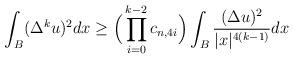
LaTeX: \begin{align*}\int_B (\Delta^k u)^2 dx \geq \Big(\prod_{i=0}^{k-2} c_{n,4i} \Big) \int_B \frac{(\Delta u)^2 }{|x|^{4(k-1)}} dx\end{align*}